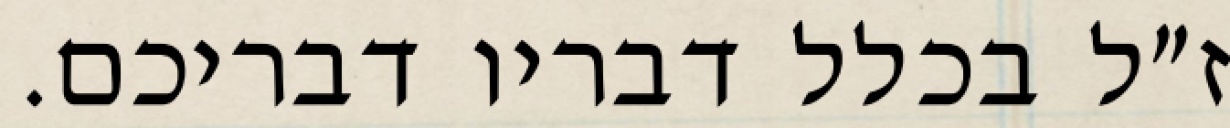
ז״ל בכלל דבריו דבריכם.